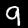
Digit: 9